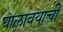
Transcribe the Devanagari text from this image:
घालावयाची